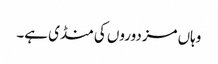
وہاں مزدوروں کی منڈی ہے۔